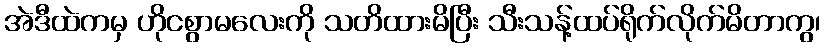
အဲဒီထဲကမှ ဟိုငစွာမလေးကို သတိထားမိပြီး သီးသန့်ထပ်ရိုက်လိုက်မိတာကွ၊